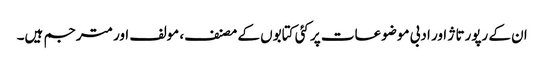
ان کے رپورتاژ اور ادبی موضوعات پر کئی کتابوں کے مصنف، مولف اور مترجم ہیں۔